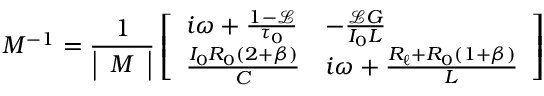
M ^ { - 1 } = \frac { 1 } { \left| \begin{array} { l } { M } \end{array} \right| } \left[ \begin{array} { l l } { i \omega + \frac { 1 - \mathscr { L } } { \tau _ { 0 } } } & { - \frac { \mathscr { L } G } { I _ { 0 } L } } \\ { \frac { I _ { 0 } R _ { 0 } ( 2 + \beta ) } { C } } & { i \omega + \frac { R _ { \ell } + R _ { 0 } ( 1 + \beta ) } { L } } \end{array} \right]